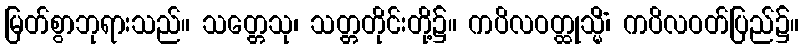
မြတ်စွာဘုရားသည်။ သတ္တေသု၊ သတ္တတိုင်းတို့၌။ ကပိလဝတ္ထုသ္မိံ၊ ကပိလဝတ်ပြည်၌။